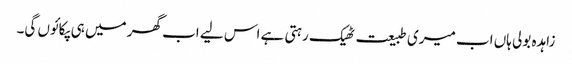
زاہدہ بولی ہاں اب میری طبیعت ٹھیک رہتی ہے اس لیے اب گھر میں ہی پکائوں گی۔